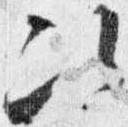
次